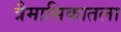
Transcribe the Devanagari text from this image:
त्रैमासिकातला